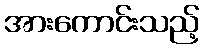
အားကောင်းသည့်